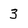
Character: 3